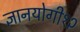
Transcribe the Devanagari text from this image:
ज्ञानयोगी१२